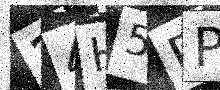
Text: 24H5DP